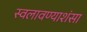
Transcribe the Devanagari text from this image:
स्वलावण्याशंसा